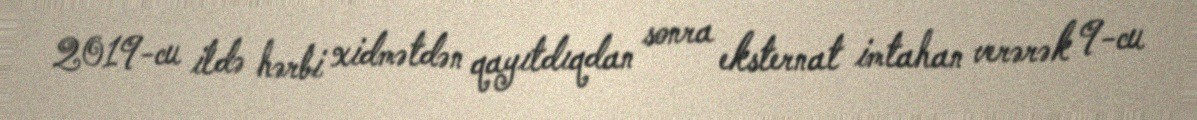
2019-cu ildə hərbi xidmətdən qayıtdıqdan sonra eksternat imtahan verərək 9-cu